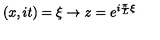
( x , i t ) = \xi \rightarrow z = e ^ { i \frac { \pi } { L } \xi }